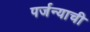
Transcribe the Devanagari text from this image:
पर्जन्याची